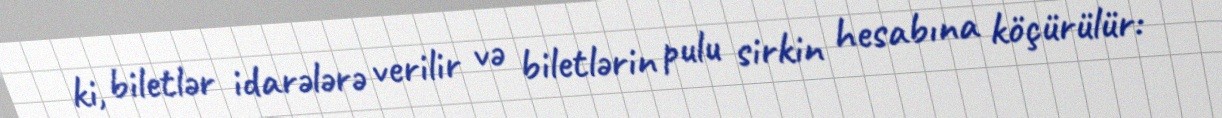
ki, biletlər idarələrə verilir və biletlərin pulu sirkin hesabına köçürülür: